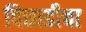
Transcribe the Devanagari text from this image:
पिछाडीचा